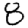
Digit: 8